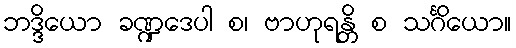
ဘဒ္ဒိယော ခဏ္ဍဒေပါ စ၊ ဗာဟုရန္တိ စ သင်္ဂိယော။